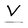
Character: V